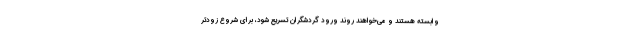
وابسته هستند و می‌خواهند روند ورود گردشگران تسریع شود، برای شروع زودتر